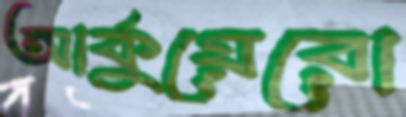
আর্কুয়েরো